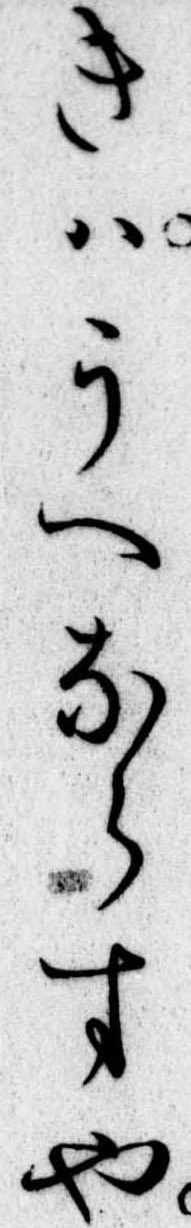
きはうへならすや